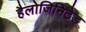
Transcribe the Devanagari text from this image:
हैलोजिनिटेड